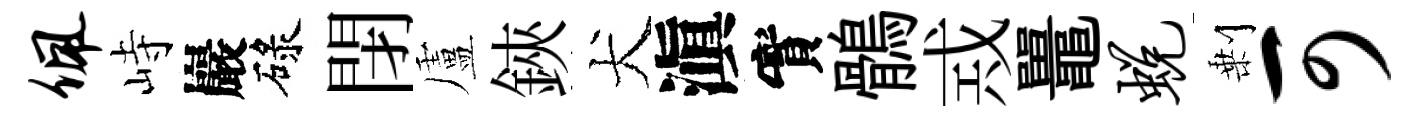
佩峙巖碌閉盧鋏犬滇實鶻𢦶鼉蜕剰可